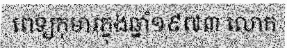
ពេទ្យកុមារក្នុងឆ្នាំ១៩៧៣ លោក